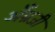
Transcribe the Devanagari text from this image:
अँग्रजी